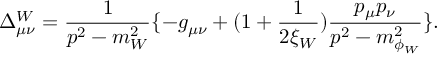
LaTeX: \Delta _ { \mu \nu } ^ { W } = \frac { 1 } { p ^ { 2 } - m _ { W } ^ { 2 } } \{ - g _ { \mu \nu } + ( 1 + \frac { 1 } { 2 \xi _ { W } } ) \frac { p _ { \mu } p _ { \nu } } { p ^ { 2 } - m _ { \phi _ { W } } ^ { 2 } } \} .